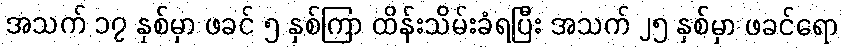
အသက် ၁၇ နှစ်မှာ ဖခင် ၅ နှစ်ကြာ ထိန်းသိမ်းခံရပြီး အသက် ၂၅ နှစ်မှာ ဖခင်ရော